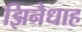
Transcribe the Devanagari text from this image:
झिनैधाह